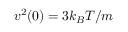
v ^ { 2 } ( 0 ) = 3 k _ { B } T / m